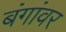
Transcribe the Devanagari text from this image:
बंगांवर